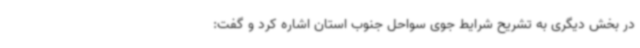
در بخش دیگری به تشریح شرایط جوی سواحل جنوب استان اشاره کرد و گفت: